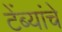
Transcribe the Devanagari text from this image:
टेंब्यांचे